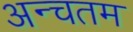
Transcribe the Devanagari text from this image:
अन्चतम